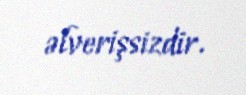
əlverişsizdir.